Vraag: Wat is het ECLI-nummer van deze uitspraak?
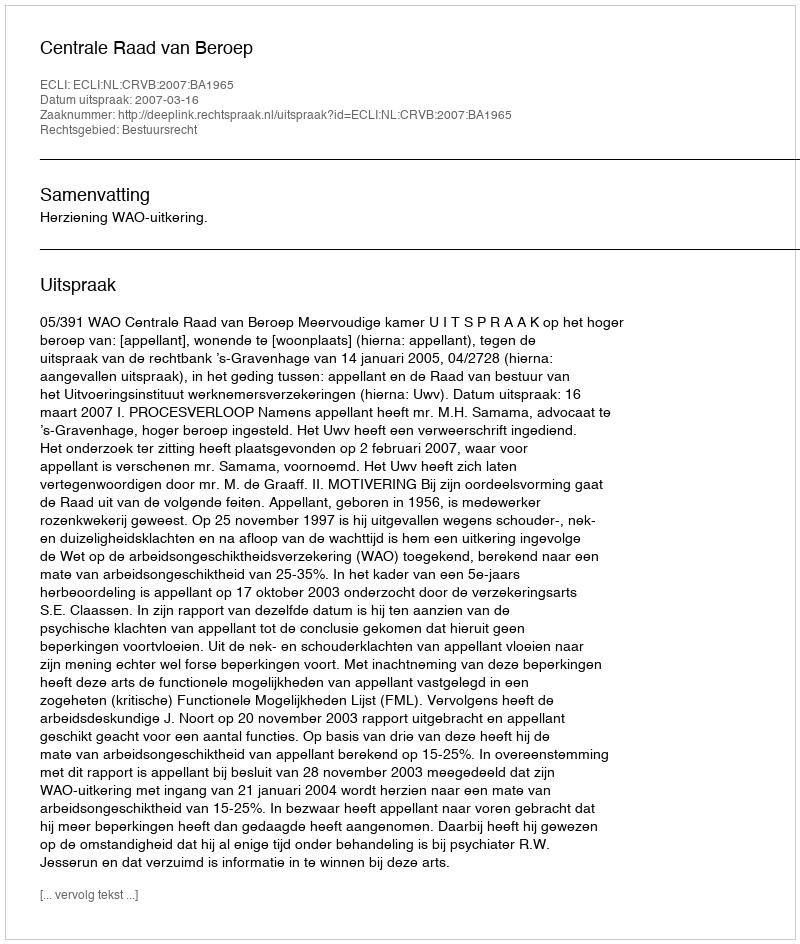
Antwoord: ECLI:NL:CRVB:2007:BA1965